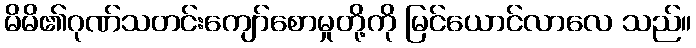
မိမိ၏ဂုဏ်သတင်းကျော်စောမှုတို့ကို မြင်ယောင်လာလေ သည်။